Annual report of the Imperial Bacteriological Laboratory, Muktesar
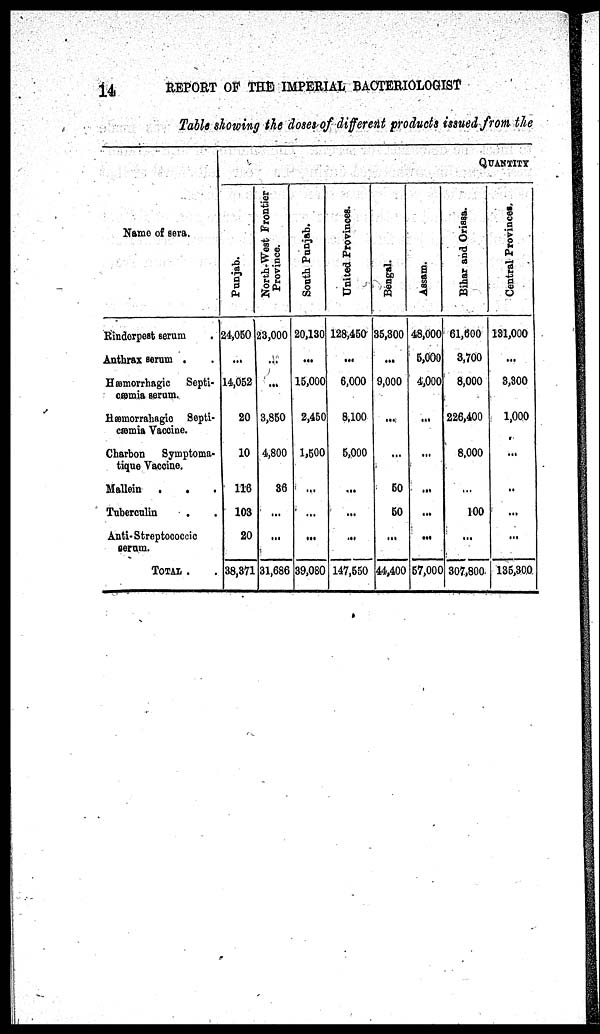
14
REPORT OF THE IMPERIAL BACTERIOLOGIST
Table showing the doses of different products issued from the
Name of sera.
Rinderpest serum .
Anthrax serum . .
Hæmorrhagic
Septi-
cæmia serum.
Hæmorrahagic Septi-
cæmia Vaccine.
Charbon
Symptoma-
tique Vaccine.
Mallein
.
.
.
Tuberculin
Anti- Streptococcic
serum.
TOTAL .
Punjab.
24,050
...
14,052
20
10
116
103
20
38,371
North-West Frontier
Province.
23,000
...
...
3,850
4,800
36
...
...
31,686
South Punjab.
20,130
...
15,000
2,450
1,500
...
...
...
39,080
QUANTITY
United Provinces.
128,450
...
6,000
8,100
5,000
...
...
...
147,550
Bengal.
35,300
...
9,000
...
...
50
50
...
44,400
Assam.
48,000
5,000
4,000
...
...
...
...
...
57,000
Bihar and Orissa.
61,500
3,700
8,000
226,400
8,000
...
100
...
307,800.
Central Provinces.
131,000
...
3,300
1,000
...
...
...
...
135,300.